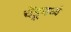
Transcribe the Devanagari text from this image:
चेंडूमध्ये